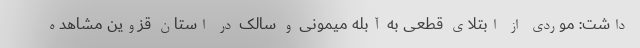
داشت: موردی از ابتلای قطعی به آبله میمونی و سالک در استان قزوین مشاهده